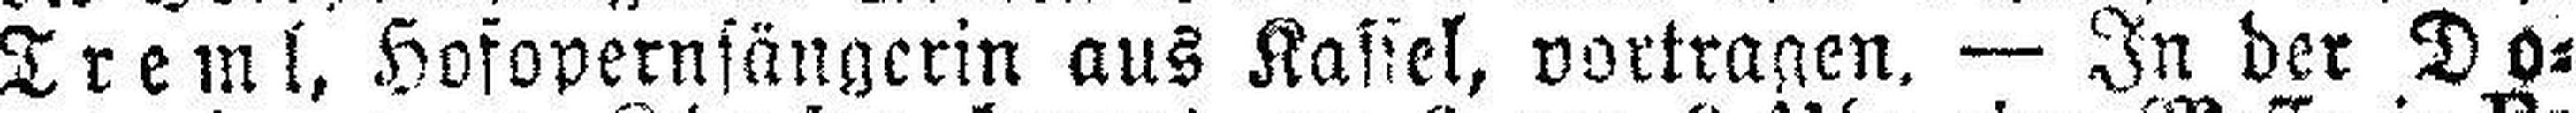
Treml, Hofopernsängerin aus Kassel, vortragen. — In der Do¬